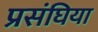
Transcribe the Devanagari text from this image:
प्रसंघिया